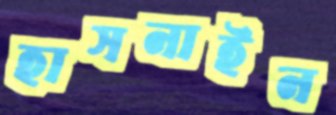
হাসনাইন